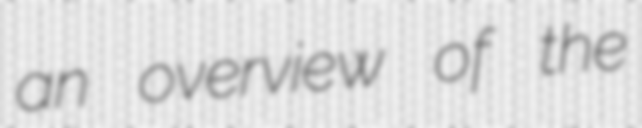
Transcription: an overview of the